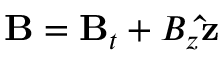
\mathbf { B } = \mathbf { B } _ { t } + B _ { z } \mathbf { \hat { z } }